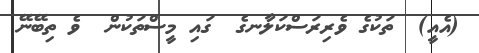
(އެއީ)  ތަކުގެ ވެރިރަސްކަލާނގެ  ގައި މީސްތަކުން  ވެ ތިބޭނޭ